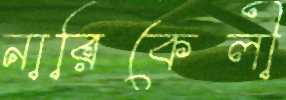
নারিকেলী